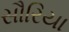
સૌરિયા